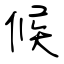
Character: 候